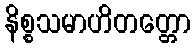
နိစ္စသမာဟိတတ္တော